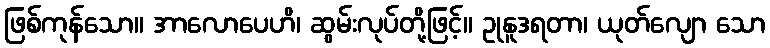
ဖြစ်ကုန်သော။ အာလောပေဟိ၊ ဆွမ်းလုပ်တို့ဖြင့်။ ဥုနူဒရတာ၊ ယုတ်လျော သော